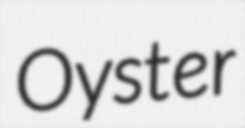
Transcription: Oyster